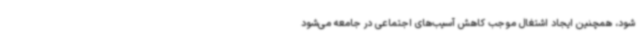
شود، همچنین ایجاد اشتغال موجب کاهش آسیب‌های اجتماعی در جامعه می‌شود